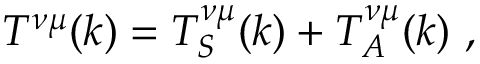
T ^ { \nu \mu } ( k ) = T _ { S } ^ { \nu \mu } ( k ) + T _ { A } ^ { \nu \mu } ( k ) \, \, ,